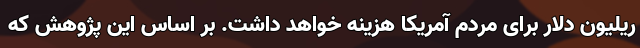
ریلیون دلار برای مردم آمریکا هزینه خواهد داشت. بر اساس این پژوهش که